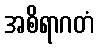
အစိရာဂတံ